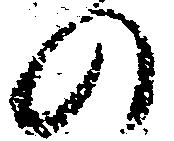
の